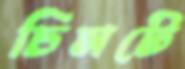
চিমটে